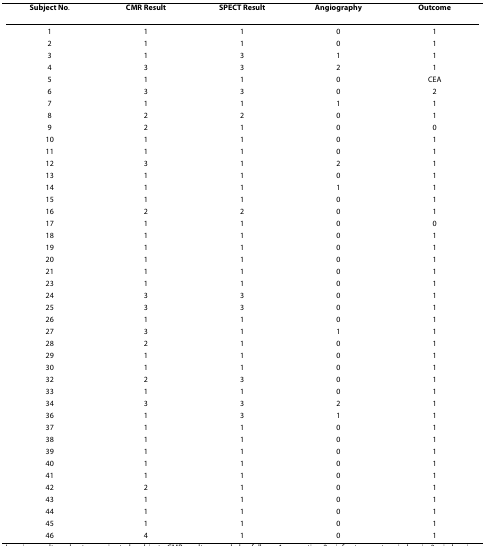
| Subject No. | CMR Result | SPECT Result | Angiography | Outcome |
 | --- | --- | --- | --- | --- |
 | 1 | 1 | 1 | 0 | 1 |
 | 2 | 1 | 1 | 0 | 1 |
 | 3 | 1 | 3 | 1 | 1 |
 | 4 | 3 | 3 | 2 | 1 |
 | 5 | 1 | 1 | 0 | CEA |
 | 6 | 3 | 3 | 0 | 2 |
 | 7 | 1 | 1 | 1 | 1 |
 | 8 | 2 | 2 | 0 | 1 |
 | 9 | 2 | 1 | 0 | 0 |
 | 10 | 1 | 1 | 0 | 1 |
 | 11 | 1 | 1 | 0 | 1 |
 | 12 | 3 | 1 | 2 | 1 |
 | 13 | 1 | 1 | 0 | 1 |
 | 14 | 1 | 1 | 1 | 1 |
 | 15 | 1 | 1 | 0 | 1 |
 | 16 | 2 | 2 | 0 | 1 |
 | 17 | 1 | 1 | 0 | 0 |
 | 18 | 1 | 1 | 0 | 1 |
 | 19 | 1 | 1 | 0 | 1 |
 | 20 | 1 | 1 | 0 | 1 |
 | 21 | 1 | 1 | 0 | 1 |
 | 23 | 1 | 1 | 0 | 1 |
 | 24 | 3 | 3 | 0 | 1 |
 | 25 | 3 | 3 | 0 | 1 |
 | 26 | 1 | 1 | 0 | 1 |
 | 27 | 3 | 1 | 1 | 1 |
 | 28 | 2 | 1 | 0 | 1 |
 | 29 | 1 | 1 | 0 | 1 |
 | 30 | 1 | 1 | 0 | 1 |
 | 32 | 2 | 3 | 0 | 1 |
 | 33 | 1 | 1 | 0 | 1 |
 | 34 | 3 | 3 | 2 | 1 |
 | 36 | 1 | 3 | 1 | 1 |
 | 37 | 1 | 1 | 0 | 1 |
 | 38 | 1 | 1 | 0 | 1 |
 | 39 | 1 | 1 | 0 | 1 |
 | 40 | 1 | 1 | 0 | 1 |
 | 41 | 1 | 1 | 0 | 1 |
 | 42 | 2 | 1 | 0 | 1 |
 | 43 | 1 | 1 | 0 | 1 |
 | 44 | 1 | 1 | 0 | 1 |
 | 45 | 1 | 1 | 0 | 1 |
 | 46 | 4 | 1 | 0 | 1 |